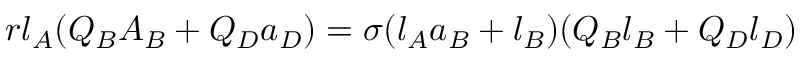
r l _ { A } ( Q _ { B } A _ { B } + Q _ { D } a _ { D } ) = \sigma ( l _ { A } a _ { B } + l _ { B } ) ( Q _ { B } l _ { B } + Q _ { D } l _ { D } )